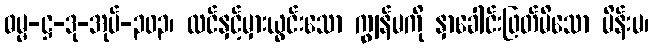
ဓမ္မ-ဋ္ဌ-ဒု-အုပ်-၃၀၃၊ လင်နှင့်မှားယွင်းသော ကျွန်မကို နှာခေါင်းဖြတ်မိသော မိန်းမ၊